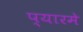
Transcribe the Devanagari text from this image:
प्यारमे